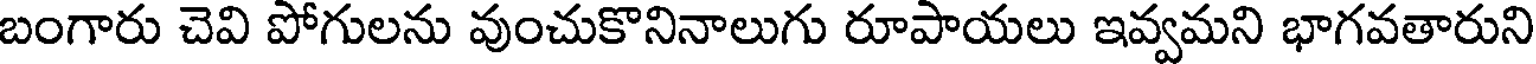
బంగారు చెవి పోగులను వుంచుకొనినాలుగు రూపాయలు ఇవ్వమని భాగవతారుని